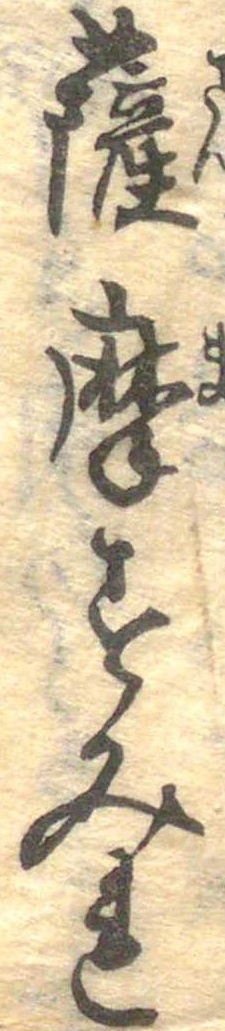
薩摩すみれ